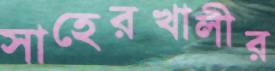
সাহেরখালীর